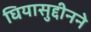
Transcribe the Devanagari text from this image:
घियासुद्दीनने